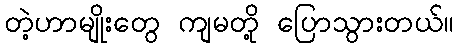
တဲ့ဟာမျိုးတွေ ကျမတို့ ပြောသွားတယ်။